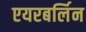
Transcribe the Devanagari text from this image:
एयरबर्लिन